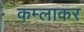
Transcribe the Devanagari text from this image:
कम्लाकर